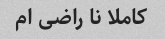
کاملا نا راضی ام